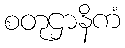
စတုဌာနိကံ